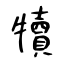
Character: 犢